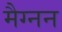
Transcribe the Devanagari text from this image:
मैग्नन